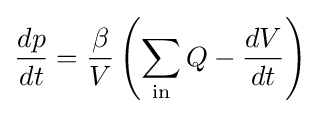
{\frac {dp}{dt}}={\frac {\beta }{V}}\left(\sum _{\text{in}}Q-{\frac {dV}{dt}}\right)